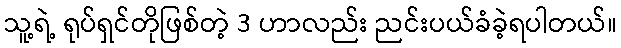
သူ့ရဲ့ ရုပ်ရှင်တိုဖြစ်တဲ့ 3 ဟာလည်း ညင်းပယ်ခံခဲ့ရပါတယ်။